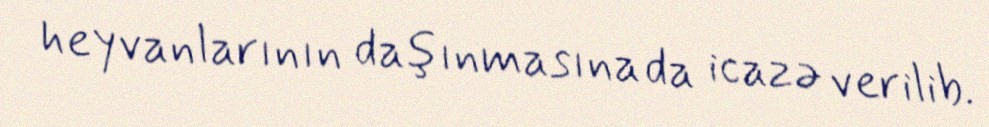
heyvanlarının daşınmasına da icazə verilib.